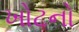
ખોટનો